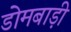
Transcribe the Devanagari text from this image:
डोमबाड़ी